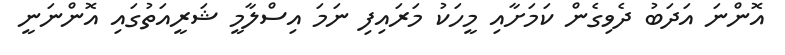
އޮންނަ އަދަބު ދެވިގެން ކަމަށާއި މީހަކު މަރައިފި ނަމަ އިސްލާމީ ޝަރީއަތުގައި އޮންނަނީ